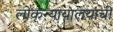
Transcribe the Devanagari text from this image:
लोकन्यायालयांची